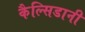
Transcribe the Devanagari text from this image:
कैल्सिडानी